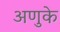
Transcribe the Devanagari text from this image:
अणुके